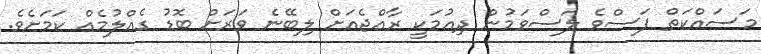
މަސައްކަތް ފަސްވެ ލަސްވަމުން ދިއުމަކީ ރާއްޖެއަށް ލިބޭނެ ވަރަށް ބޮޑު ގެއްލުމެއް ކަމަށެވެ.